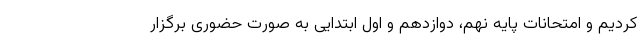
کردیم و امتحانات پایه نهم، دوازدهم و اول ابتدایی به صورت حضوری برگزار